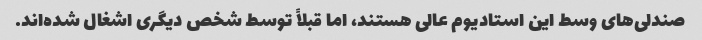
صندلی‌های وسط این استادیوم عالی هستند، اما قبلاً توسط شخص دیگری اشغال شده‌اند.